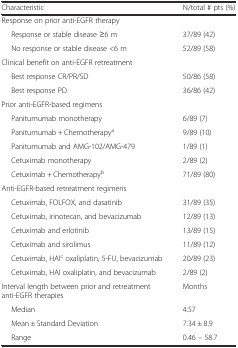
<table><thead><tr><td><b>Characteristic</b></td><td><b>N/total # pts (%)</b></td></tr></thead><tbody><tr><td colspan="2">Response on prior anti-EGFR therapy</td></tr><tr><td>Response or stable disease ≥6 m</td><td>37/89 (42)</td></tr><tr><td>No response or stable disease &lt;6 m</td><td>52/89 (58)</td></tr><tr><td>Clinical benefit on anti-EGFR retreatment</td><td></td></tr><tr><td>Best response CR/PR/SD</td><td>50/86 (58)</td></tr><tr><td>Best response PD</td><td>36/86 (42)</td></tr><tr><td>Prior anti-EGFR-based regimens</td><td></td></tr><tr><td>Panitumumab monotherapy</td><td>6/89 (7)</td></tr><tr><td>Panitumumab + Chemotherapy<sup>a</sup></td><td>9/89 (10)</td></tr><tr><td>Panitumumab and AMG-102/AMG-479</td><td>1/89 (1)</td></tr><tr><td>Cetuximab monotherapy</td><td>2/89 (2)</td></tr><tr><td>Cetuximab + Chemotherapy<sup>b</sup></td><td>71/89 (80)</td></tr><tr><td>Anti-EGFR-based retreatment regimens</td><td></td></tr><tr><td>Cetuximab, FOLFOX, and dasatinib</td><td>31/89 (35)</td></tr><tr><td>Cetuximab, irinotecan, and bevacizumab</td><td>12/89 (13)</td></tr><tr><td>Cetuximab and erlotinib</td><td>13/89 (15)</td></tr><tr><td>Cetuximab and sirolimus</td><td>11/89 (12)</td></tr><tr><td>Cetuximab, HAI<sup>c</sup> oxaliplatin, 5-FU, bevacizumab</td><td>20/89 (23)</td></tr><tr><td>Cetuximab, HAI oxaliplatin, and bevacizumab</td><td>2/89 (2)</td></tr><tr><td>Interval length between prior and retreatment anti-EGFR therapies</td><td>Months</td></tr><tr><td>Median</td><td>4.57</td></tr><tr><td>Mean ± Standard Deviation</td><td>7.34 ± 8.9</td></tr><tr><td>Range</td><td>0.46 – 58.7</td></tr></tbody></table>